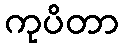
ကုပိတာ